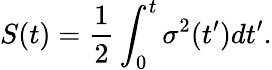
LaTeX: S(t)=\frac{1}{2}\int_{0}^{t}\sigma^{2}(t^{\prime})dt^{\prime}.